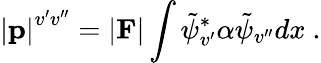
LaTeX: \left|{\mathbf p}\right|^{v^{\prime}v^{\prime\prime}}=\vert{\mathbf F}\vert\int\tilde{\psi}_{v^{\prime}}^{\ast}\alpha\tilde{\psi}_{v^{\prime\prime}}dx~.